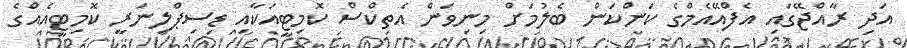
އަދި ރާއްޖޭގައި އެފްއޭއެމްގެ ކަންކަން ބެލުމަށް މިނިވަން އެތިކްސް ކޮމިޓީއަކާއި ޑިސިޕްލިނަރީ ކޮމިޓީއެއްގެ